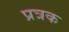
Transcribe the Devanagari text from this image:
प्रत्रक